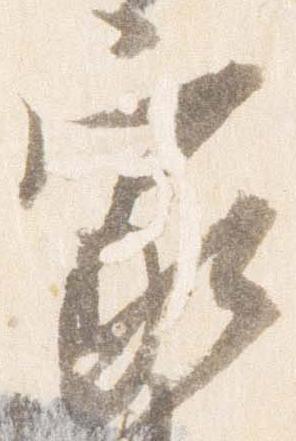
家